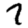
Digit: 7